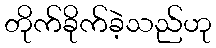
တိုက်ခိုက်ခဲ့သည်ဟု